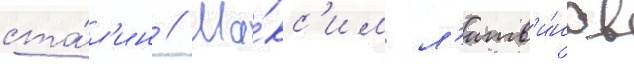
ста́л'ин // Ма́кс'им л'итв'и́нов